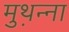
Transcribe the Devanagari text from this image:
मुथ़न्ना